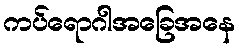
ကပ်ရောဂါအခြေအနေ